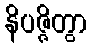
နိပဇ္ဇိတွာ